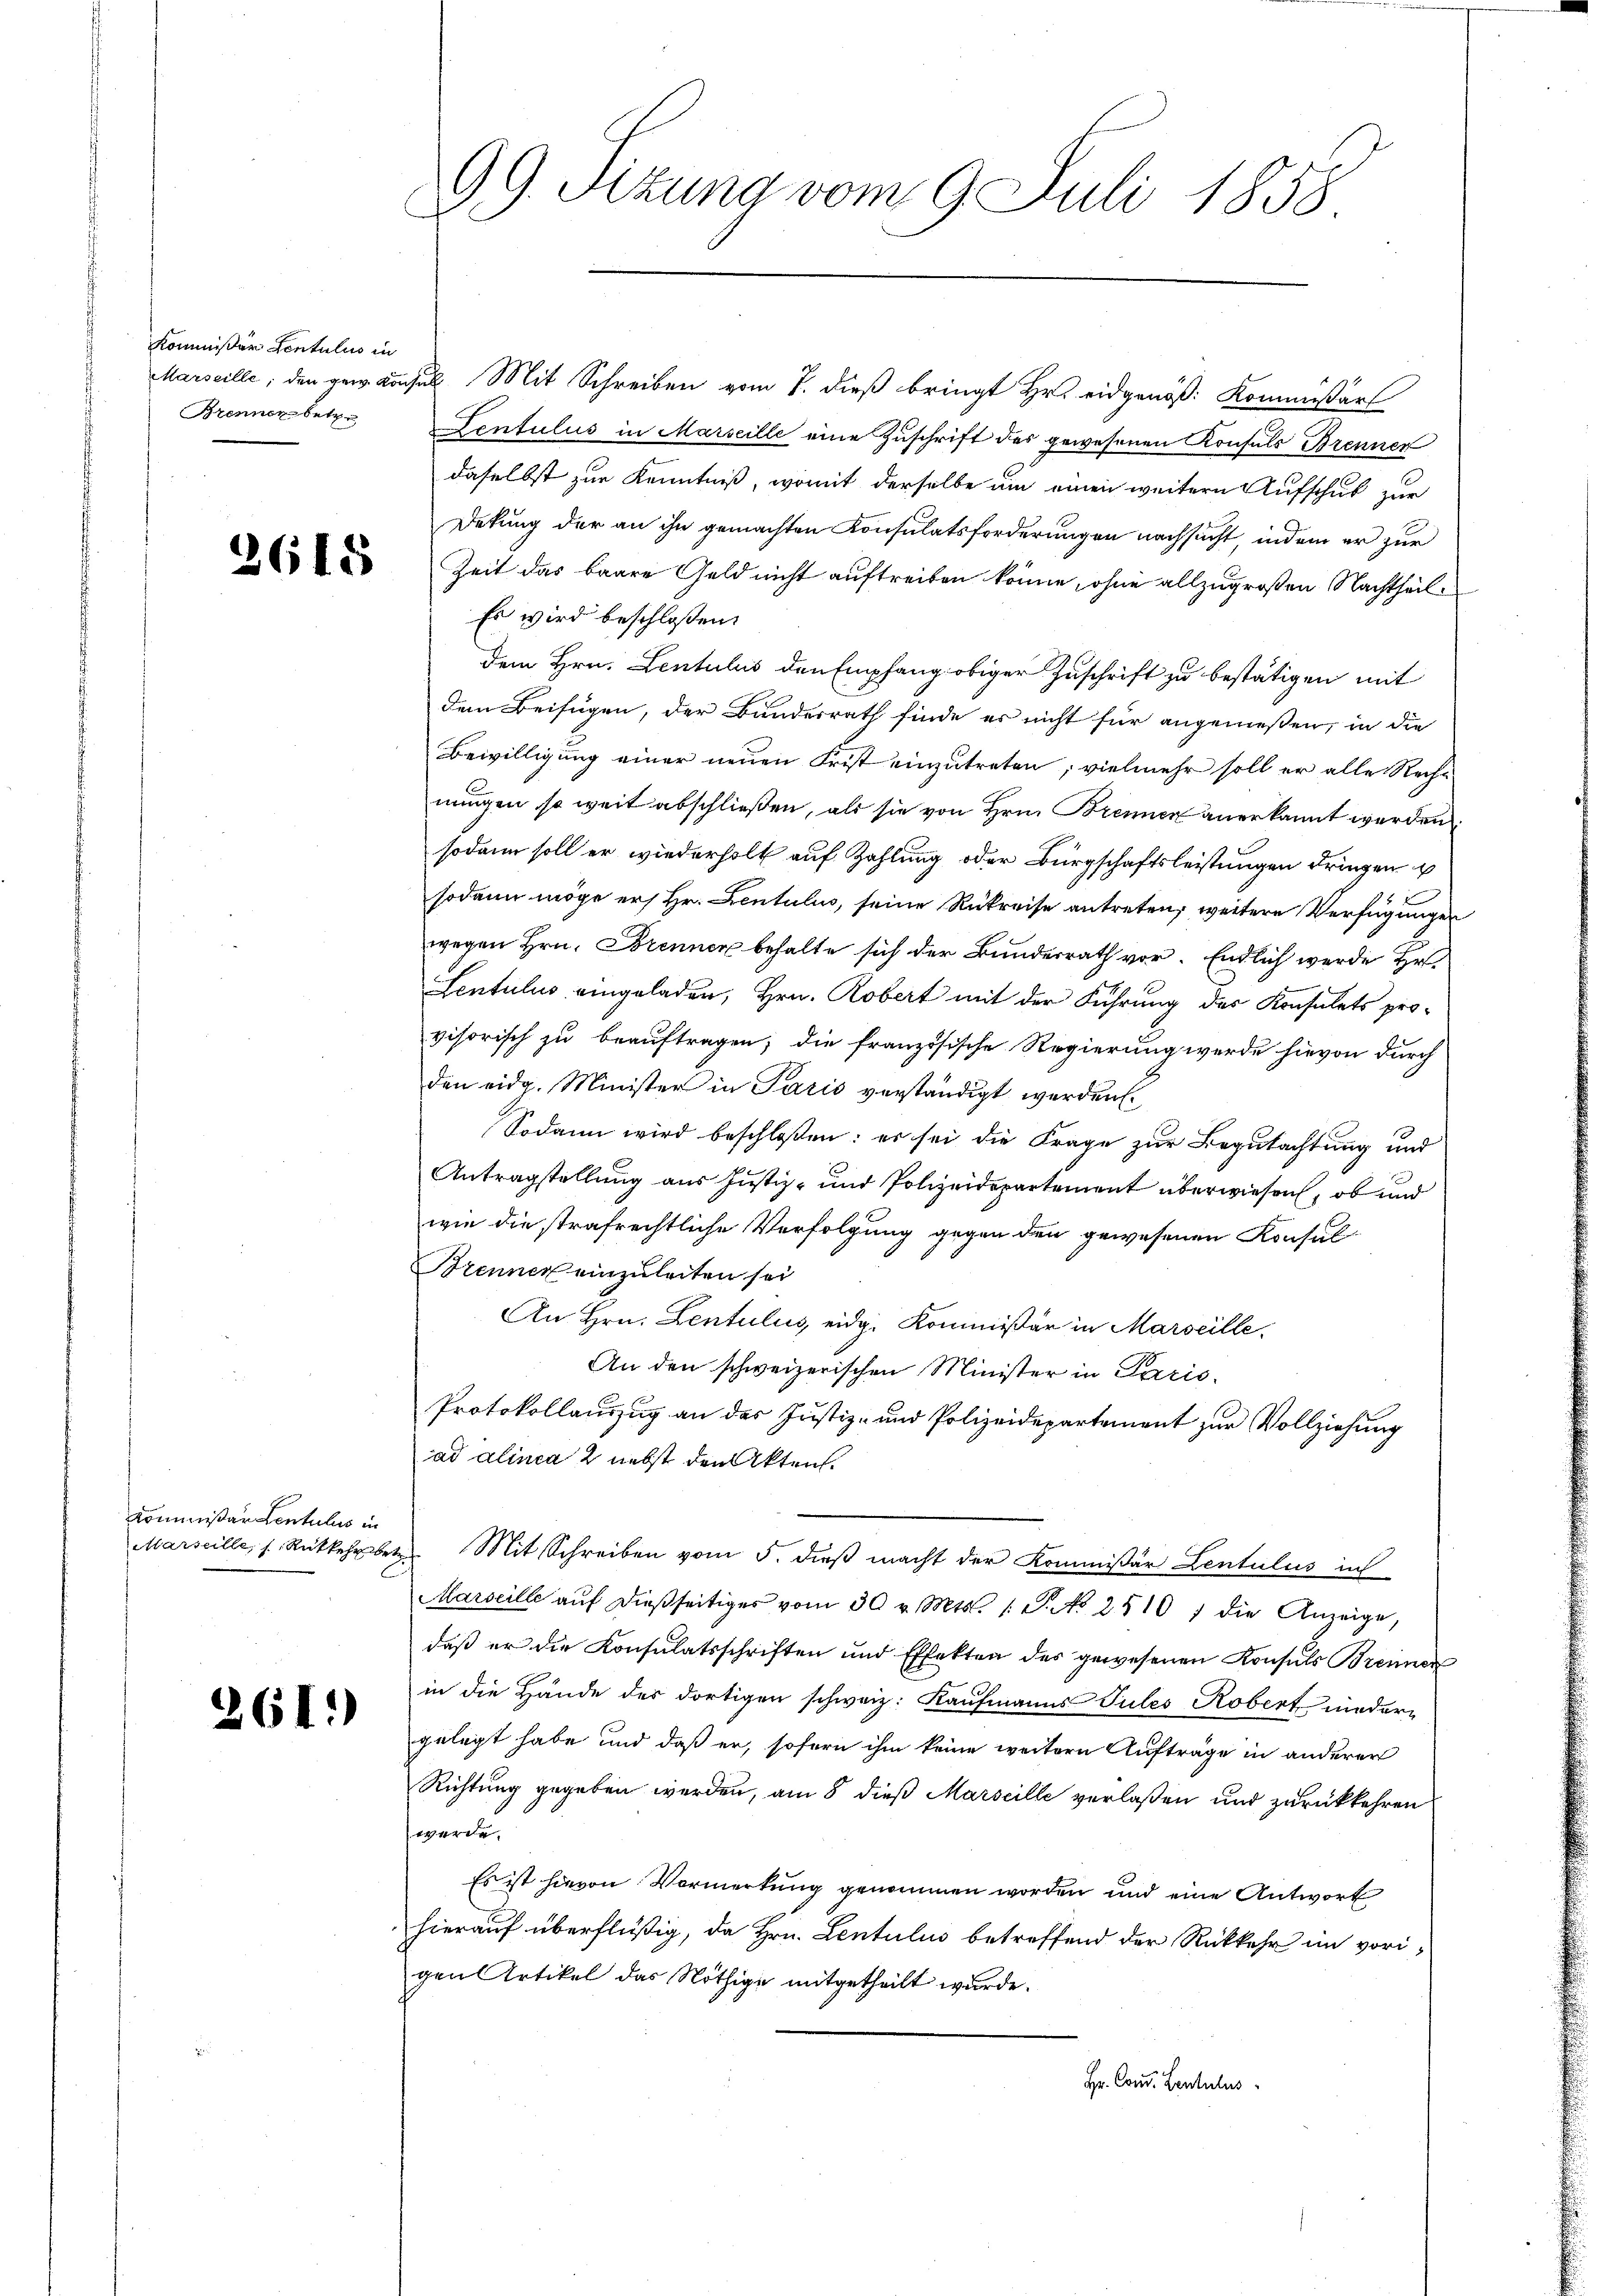
Kommißär Centulis in
Brennen betr

2618

Commißär Centulis in

261.)

99. Sizung vom 9. Juli 1858

Marseille, den gew. Konsul Mit Schreiben vom 7. dieß bringt Hr. eidgenöß: Kommissärt
Dentulus in Marseille eine Zuschrift des gewesenen Konsuls Brenner
daselbst zur Kenntniß, womit derselbe um einen weitern Aufschub zur
Dekung der an ihn gemachten Konsulatsforderungen nachsucht, indem er zur
Zeit das baare Geld nicht auftreiben könne, ohne allzugroßen Nachtheil¬
Es wird beschloßen:
dem Hrn. Lentulus den Empfang obiger Zuschrift zu bestätigen mit
dem Beifügen, der Bundesrath finde es nicht für angenießen, in die
Bewilligung einer neuen Frist einzutreten; vielmehr soll er alle Rechnungen so weit abschließen, als sie von Hrn. Brennen anerkannt werden
sodann soll er wiederholt auf Zahlung oder Bürgschaftsleistungen dringen u
sodann möge ers Hr. Lentulus, seine Rükreise antreten, weitere Verfügungen
wegen Hrn. Brennen behalte sich der Bundesrath vor. Endlich werde Hr.
Lentulus eingeladen, Hrn. Robert mit der Führung des Konsulats provisorisch zu beauftragen; die französische Regierung werde hievon durch
den eidg. Minister in Paris verständigt werden.
Sodann wird beschloßen: es sei die Frage zur Begutachtung und
Antragstellung aus Justiz- und Polizeidepartement überwiesen, ob und
wie die strafrechtliche Verfolgung gegen den gewesenen Konsul¬
Brenner einzuleiten sei
An Hrn. Lentulius, eidg. Kommißär in Marseille.
An den schweizerischen Minister in Paris
Protokollauszug an der Justiz- und Polizeidepartement zur Vollziehung
ad alinea 2 nebst den Akten.
Marseille, s. Rückkehrbete Mit Schreiben vom 5. dieß macht der Kommissär Lentulus in
Marseille aŭf dießseitiges vom 30 v. Mts. 1. P. No 2510 / die Anzeige,
daß er die Konsulatsschriften und Effekten des gewesenen Konsuls Breimer
in die Hände der dortigen schweiz. Kaufmanns Tules Robert niedern
gelegt habe und daß er, sofern ihm keine weitern Aufträge in anderer
Richtung gegeben werden, am 8 dieß Marseille verlaßen und zurückkehren
werde.
Es ist hievon Vormerkung genommen worden und eine Antwort
hierauf überflüßig, da Hrn. Lentulis betreffend der Rückkehr im vorigen Artikel das Nöthige mitgetheilt wurde.
Hr. Cons. Lentulus